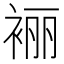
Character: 𰳼